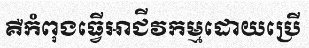
គឺកំពុងធ្វើអាជីវកម្មដោយប្រើ